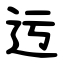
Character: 迃